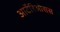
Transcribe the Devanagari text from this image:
आर्टेरिओसस